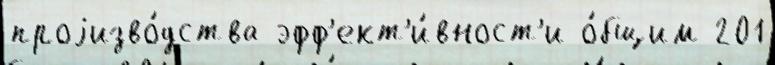
проjизво́дства эфф'ект'и́вност'и о́бщим 201